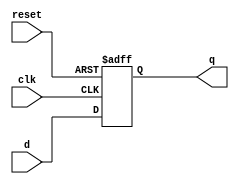
module d_flip_flop (
    input wire d,        // Input data
    input wire clk,      // Clock signal
    input wire reset,    // Reset signal
    output reg q         // Output data
);

    always @ (posedge clk or posedge reset) begin
        if (reset) begin
            q <= 1'b0;    // Reset the output to 0
        end else begin
            q <= d;       // Update the output based on input data
        end
    end

endmodule